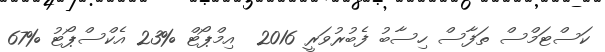
ކަސްޓަމްސް ތަފާސް ހިސާބު ފެބުރުވަރީ 2016  އިމްޕޯޓް %23 އެކްސްޕޯޓު %67